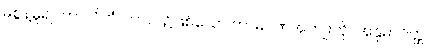
မစွန့်မူ၍။ ကာလိကံ၊ ကာလ၌ဖြစ်သော ကာမဂုဏ်အကျိုးကို။ အနုဓာဝိတ္ထ၊